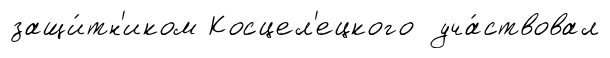
защи́тн'иком Косцел'ецкого уча́ствовал